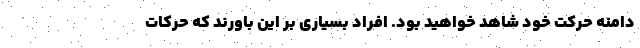
دامنه حرکت خود شاهد خواهید بود. افراد بسیاری بر این باورند که حرکات